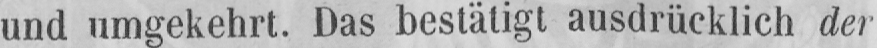
und umgekehrt. Das bestätigt ausdrücklich der